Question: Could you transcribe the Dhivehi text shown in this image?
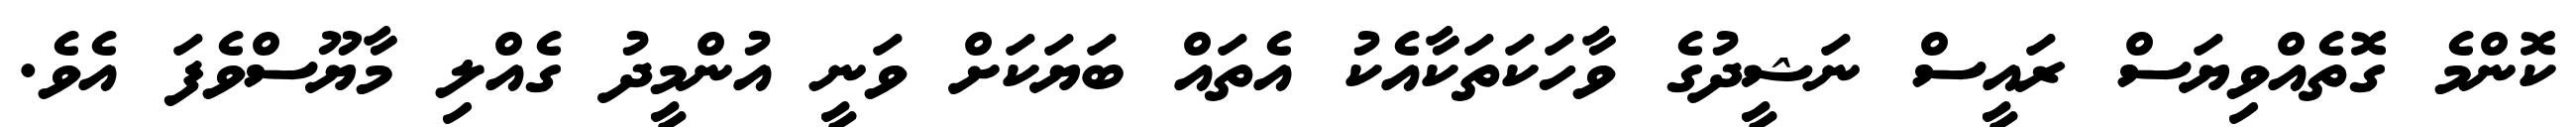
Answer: ކޮންމެ ގޮތެއްވިޔަސް ރައީސް ނަޝީދުގެ ވާހަކަތަކާއެކު އެތައް ބަޔަކަށް ވަނީ އުންމީދު ގެއްލި މާޔޫސްވެފަ އެވެ.